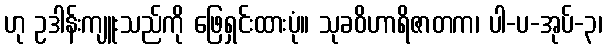
ဟု ဥဒါန်းကျူးသည်ကို ဖြေရှင်းထားပုံ။ သုခဝိဟာရိဇာတက၊ ပါ-ပ-အုပ်-၃၊